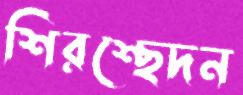
শিরশ্ছেদন